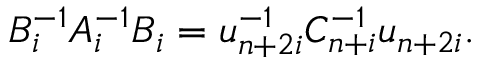
B _ { i } ^ { - 1 } A _ { i } ^ { - 1 } B _ { i } = u _ { n + 2 i } ^ { - 1 } C _ { n + i } ^ { - 1 } u _ { n + 2 i } .